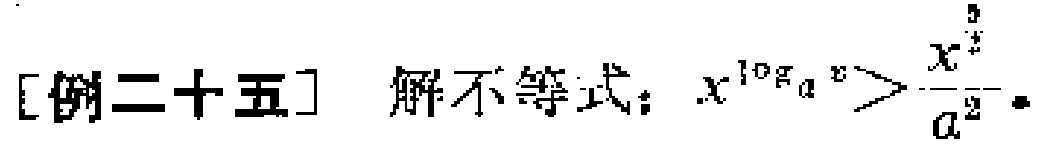
[例二十五] 解不等式：\(x^{\log_{a}x}>\frac{x^{\frac{9}{4}}}{a^{2}}\)